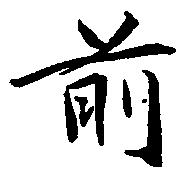
前